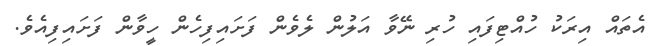
އެތައް އިރަކު ހުއްޓިފައި ހުރި ނޭވާ އަލުން ލެވެން ފަށައިފިހެން ހީވާން ފަށައިފިއެވެ.